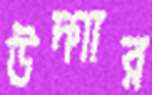
উদ্গার